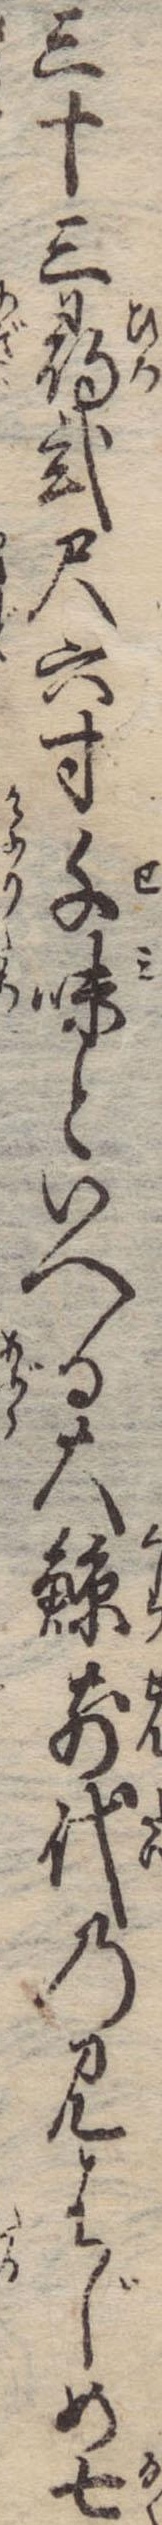
三十三尋弐尺六寸千味といへる大鯨前代の見はじめ七